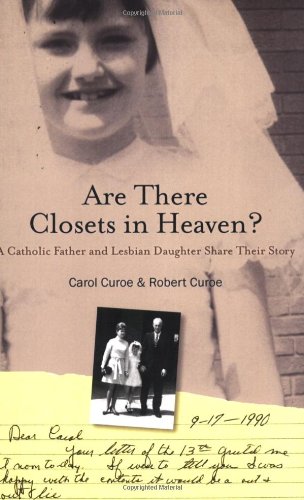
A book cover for Are There Closets in Heaven?; A Catholic Father and Lesbian Daughter Share their Story; Carol Curoe; Gay & Lesbian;